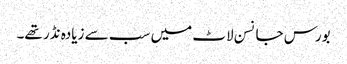
بورس جانسن لاٹ میں سب سے زیادہ نڈر تھے۔